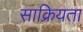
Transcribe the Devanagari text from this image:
साक्रियता